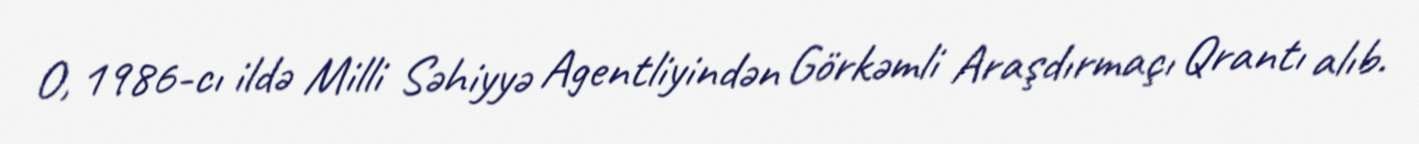
O, 1986-cı ildə Milli Səhiyyə Agentliyindən Görkəmli Araşdırmaçı Qrantı alıb.